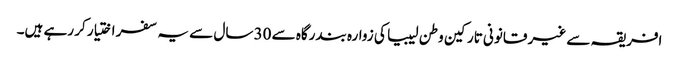
افریقہ سے غیر قانونی تارکین وطن لیبیا کی زوارہ بندرگاہ سے 30 سال سے یہ سفر اختیار کر رہے ہیں۔